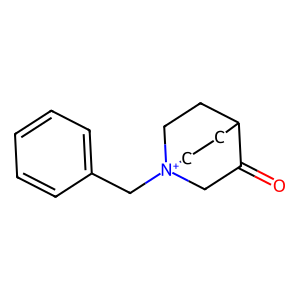
SMILES: O=C1C[N+]2(Cc3ccccc3)CCC1CC2
Inhibits HIV replication: No